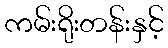
ကမ်းရိုးတန်းနှင့်